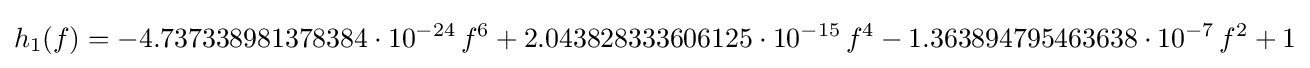
h_{1}(f)=-4.737338981378384\cdot 10^{-24}\,f^{6}+2.043828333606125\cdot 10^{-15}\,f^{4}-1.363894795463638\cdot 10^{-7}\,f^{2}+1